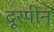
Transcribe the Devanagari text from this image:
दूरपीन